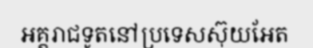
អគ្គរាជទូតនៅប្រទេសស៊ុយអែត